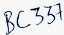
Text: BC337